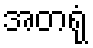
အတရုံ